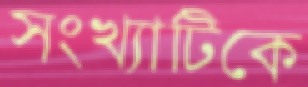
সংখ্যাটিকে